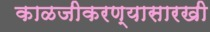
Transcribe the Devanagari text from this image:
काळजीकरण्यासारखी